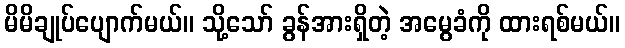
မိမိချုပ်ပျောက်မယ်။ သို့သော် ခွန်အားရှိတဲ့ အမွေခံကို ထားရစ်မယ်။